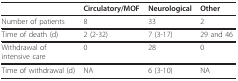
|  | Circulatory/MOF | Neurological | Other |
 | --- | --- | --- | --- |
 | Number of patients | 8 | 33 | 2 |
 | Time of death (d) | 2 (2-32) | 7 (3-17) | 29 and 46 |
 | Withdrawal of intensive care | 0 | 28 | 0 |
 | Time of withdrawal (d) | NA | 6 (3-10) | NA |